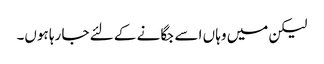
لیکن میں وہا ں اسے جگا نے کے لئے جا رہا ہوں۔